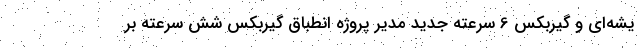
یشه‌ای و گیربکس 6 سرعته جدید مدیر پروژه انطباق گیربکس شش سرعته بر